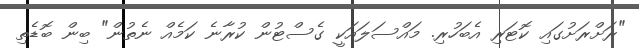
"ރަށްރަށުގައި ކޮޓަރި އެބަހުރި. މައްސަލައަކީ ގެސްޓުން ކުރާނެ ކަމެއް ނެތުން" ބިން ބޮޑެތި